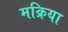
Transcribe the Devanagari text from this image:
मक्रिया